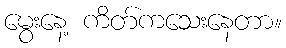
မွေးနေ့ ကိတ်ကသေးနေတာ။